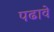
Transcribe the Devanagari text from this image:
पढावे